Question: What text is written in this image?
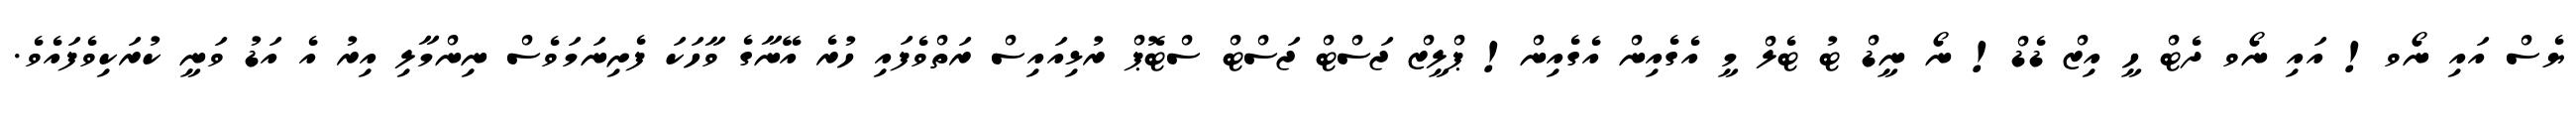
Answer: ޔެސް އައި ނޯވ! އައި ނޯވ ދެޓް ހީ އިޒް ޑެޑް! ނޯ ނީޑް ޓު ޓެލް މީ އެގެއިން އެގެއިން! ޕްލީޒް ޖަސްޓް ޖަސްޓް ސްޓޮޕް ރުޅިއައިސް ރަތްވެފައި ހުރެ އޭނާގެ ވާހަކަ ފެށިނަމަވެސް ނިންމާލި އިރު އެ އަޑު ވަނީ ކުރަކިވެފައެވެ.